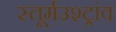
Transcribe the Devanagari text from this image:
स्तूर्मउश्ट्रांव